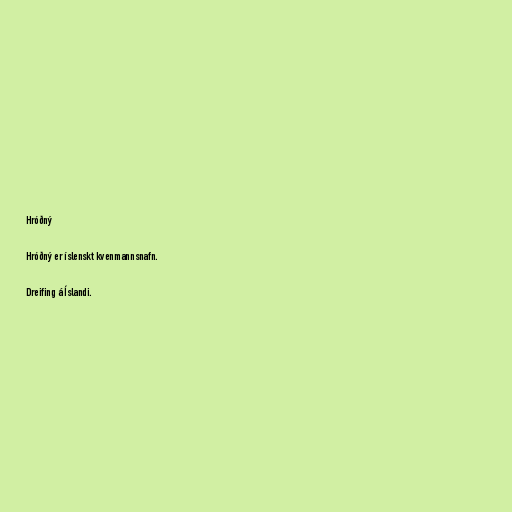
Hróðný

Hróðný er íslenskt kvenmannsnafn.

Dreifing á Íslandi.